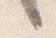
言